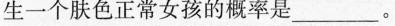
生一个肤色正常女孩的概率是_____。